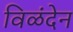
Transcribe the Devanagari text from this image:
विळंदेन